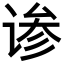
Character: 𬤄